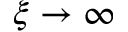
\xi \rightarrow \infty